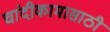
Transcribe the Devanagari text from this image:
चांदीकामासाठी